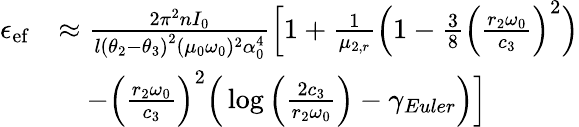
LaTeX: \begin{array}{rl}{\epsilon_{\mathrm{ef}}}&{\approx\frac{2\pi^{2}nI_{0}}{l\left(\theta_{2}-\theta_{3}\right)^{2}(\mu_{0}\omega_{0})^{2}\alpha_{0}^{4}}\Big[1+\frac{1}{\mu_{2,r}}\Big(1-\frac{3}{8}\Big(\frac{r_{2}\omega_{0}}{c_{3}}\Big)^{2}\Big)}\\ &{\quad-\Big(\frac{r_{2}\omega_{0}}{c_{3}}\Big)^{2}\Big(\log\Big(\frac{2c_{3}}{r_{2}\omega_{0}}\Big)-\gamma_{Euler}\Big)\Big]}\end{array}